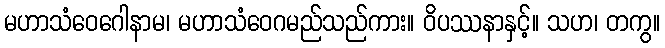
မဟာသံဝေဂေါနာမ၊ မဟာသံဝေဂမည်သည်ကား။ ဝိပဿနာနှင့်။ သဟ၊ တကွ။